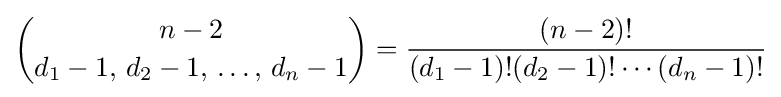
{\binom {n-2}{d_{1}-1,\,d_{2}-1,\,\dots ,\,d_{n}-1}}={\frac {(n-2)!}{(d_{1}-1)!(d_{2}-1)!\cdots (d_{n}-1)!}}